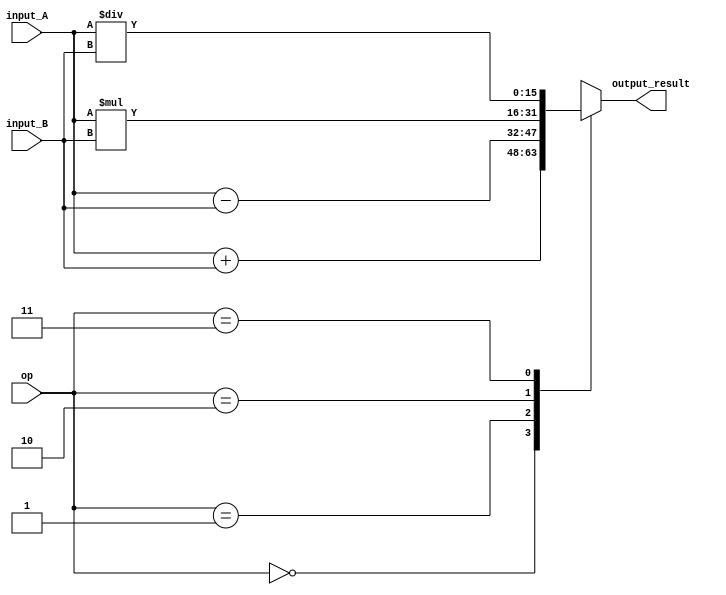
module fixed_point_converter(
    input wire signed [15:0] input_A, 
    input wire signed [15:0] input_B, 
    input wire [1:0] op,  // 00-addition, 01-subtraction, 10-multiplication, 11-division
    output reg signed [15:0] output_result
);

always @(*) begin
    case(op)
        2'b00: output_result = input_A + input_B; // addition
        2'b01: output_result = input_A - input_B; // subtraction
        2'b10: output_result = input_A * input_B; // multiplication
        2'b11: output_result = input_A / input_B; // division
        default: output_result = 16'b0; // default to 0 if invalid operation
    endcase
end

endmodule